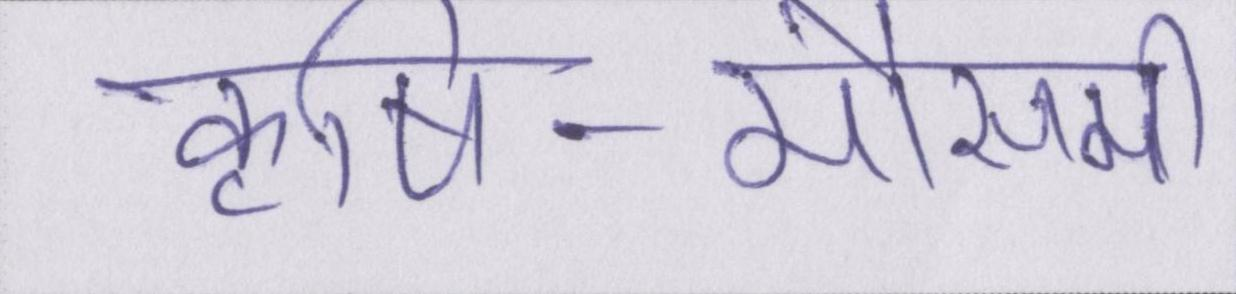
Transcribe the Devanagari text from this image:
कृषि-मौसमी